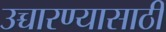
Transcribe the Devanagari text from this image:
उच्चारण्यासाठी